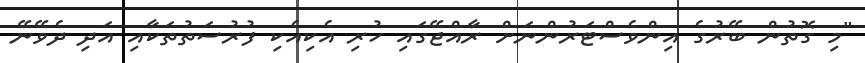
"މި ގޮތުން ބޭރުގެ އިންވެސްޓަރުންނަށް ރާއްޖޭގައި ހުރި އެކިއެކި ފުރުސަތުތަކާއި އަދި ދެވޭނޭ